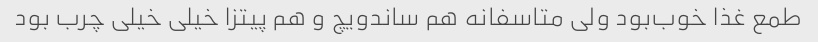
طمع غذا خوب‌بود ولی متاسفانه هم ساندویچ و هم پیتزا خیلی خیلی چرب بود